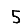
Digit: 5